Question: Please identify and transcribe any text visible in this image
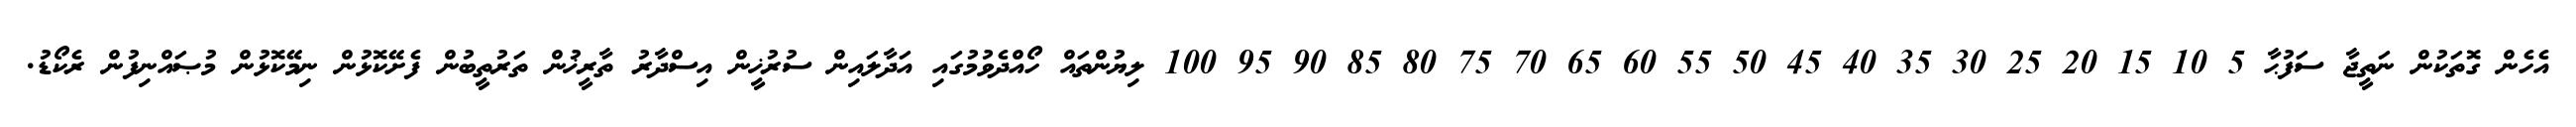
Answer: އެހެން ގޮތަކުން ނަތީޖާ ސަފުޙާ 5 10 15 20 25 30 35 40 45 50 55 60 65 70 75 80 85 90 95 100 ލިޔުންތައް ހޯއްދެވުމުގައި އަދާލައިން ސުރުޚީން އިސްދާރު ތާރީޚުން ތަރުތީބުން ފެށޭކޮޅުން ނިމޭކޮޅުން މުޞައްނިފުން ރެކޯޑު.